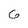
Character: 6